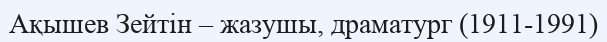
Ақышев Зейтін – жазушы, драматург (1911-1991)